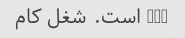
www است. شغل کام